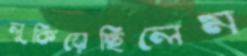
লুকিয়েছিলেম